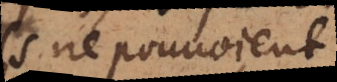
ils ne pouvoient